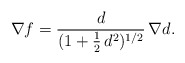
\begin{align*}\nabla f=\frac{d}{(1+\tfrac{1}{2}\,d^2)^{1/2}}\,\nabla d.\end{align*}